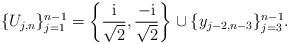
LaTeX: \begin{gather*}\{U_{j,n}\}_{j=1}^{n-1}=\bigg\{\frac{\rm i}{\sqrt{2}},\frac{-{\rm i}}{\sqrt{2}}\bigg\} \cup\{y_{j-2,n-3}\}_{j=3}^{n-1}.\end{gather*}